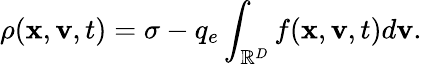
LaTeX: \rho(\mathbf{x},\mathbf{v},t)=\sigma-q_{e}\int_{\mathbb{R}^{D}}f(\mathbf{x},\mathbf{v},t)d\mathbf{v}.